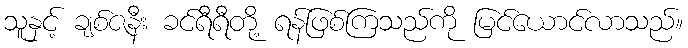
သူနှင့် ချစ်ဇနီး ခင်ရီရီတို့ ရန်ဖြစ်ကြသည်ကို မြင်ယောင်လာသည်။